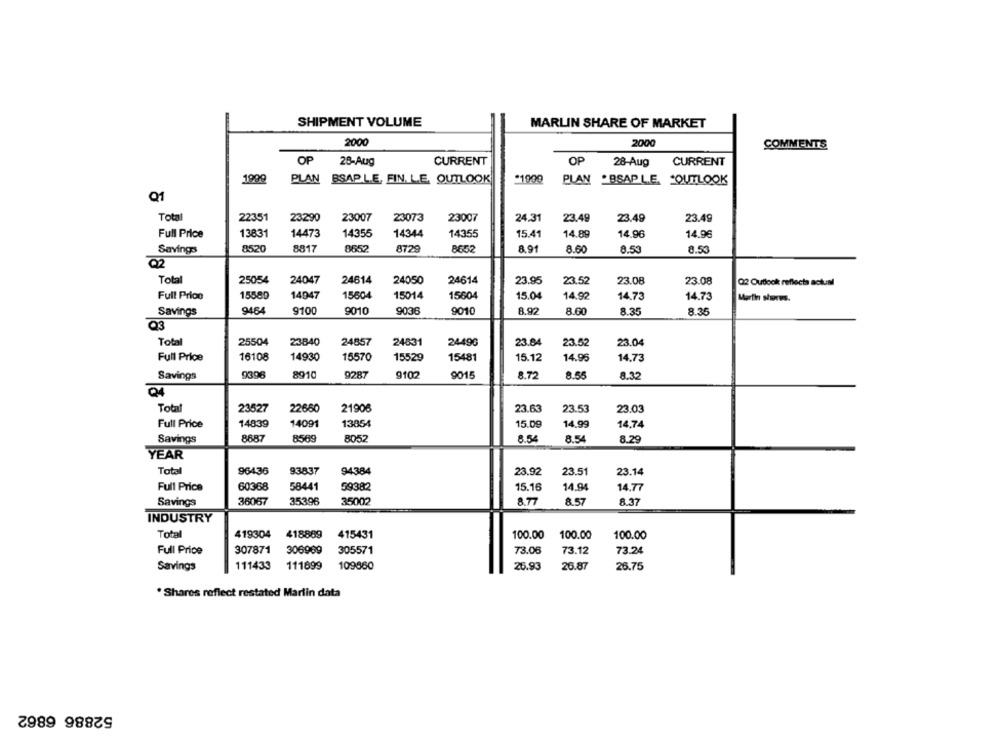
SHIPMENT VOLUME
MARLIN SHARE OF MARKET
2000
2000
COMMENTS
OP
28-Aug
CURRENT
OP
28-Aug
CURRENT
1999
*1999
PLAN BSAPLE, FIN. L.E. OUTLOOK
PLAN .BSAP LE OUTLOOK
Q1
Total
22351
23290
23007
23073
23007
24.31
23.49
23.49
23.49
Full Price
13831
14473
14355
14344
14355
15.41
14.89
14.96
14.96
Savings
8520
8817
8652
8729
8652
8.91
8.60
8.53
8.53
Q2
Total
25054
24047
24614
24050
24614
23.95
23.52
23.08
23.08
Q2 Outlook reflects actual
Full Price
15589
14947
15604
15014
15604
15.04
14.92
14.73
14.73
Martin shores.
Savings
9464
9100
9010
9036
9010
8.92
8.60
8.35
8.35
Q3
Total
25504
23840
24857
24831
24490
23.84
23.52
23.04
Full Price
16108
14930
15570
15529
15481
14.73
15.12
14.95
Savings
9396
8910
9287
9102
9015
8.72
8.55
8.32
04
Total
23527
22660
21906
23.63
23.53
23.03
Full Price
14839
14091
13854
15.09
14.99
14.74
8687
8589
8.54
8.54
Savings
8052
8.29
YEAR
Total
96436
93837
94384
23.92
23.51
23.14
Full Price
60368
58441
59382
15.16
14.94
14,77
Savings
36067
35396
35002
8.77
8.57
8.37
INDUSTRY
Total
419304
418869
415431
100.00
100.00
100.00
Full Price
307871
306969
305571
73.06
73.12
73.24
Savings
111433
111899
109660
25.93
26.87
26.75
. Shares reflect restated Martin data
52886 6862